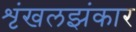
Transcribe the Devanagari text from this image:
शृंखलझंकार